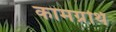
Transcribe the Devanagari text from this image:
कामग्रंथि